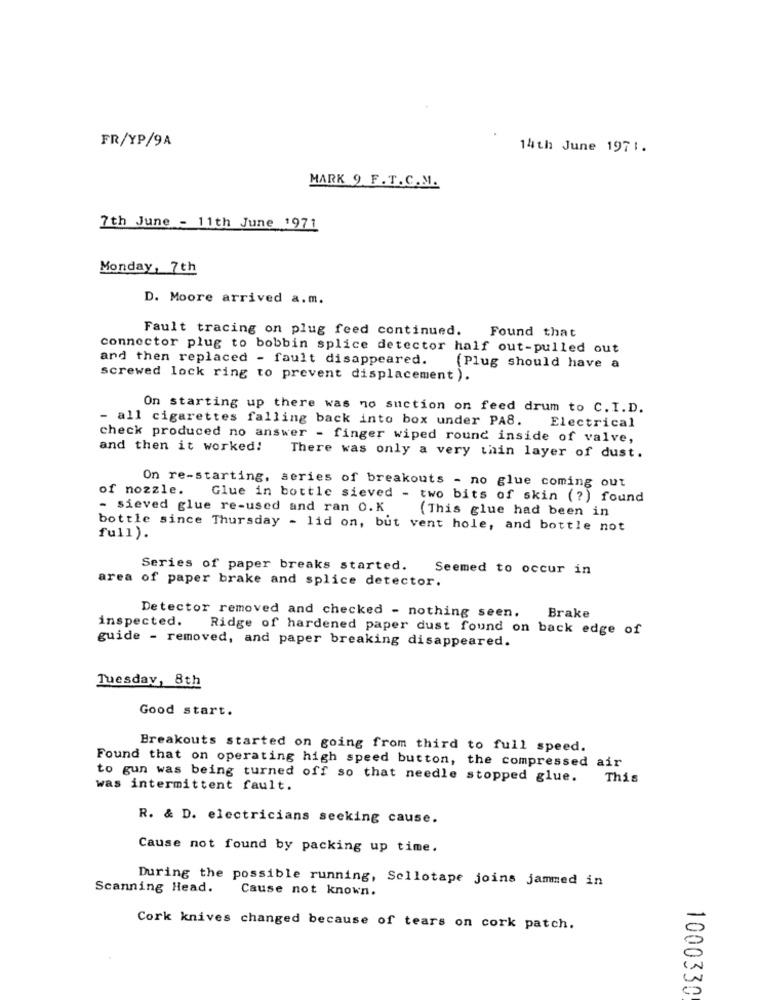
FR/YP/9A
14th June 1971.
MARK 9 F. T.C.M.
7th June - 11th June 1971
Monday, 7th
D. Moore arrived a.m.
Fault tracing on plug feed continued. Found that
connector plug to bobbin splice detector half out-pulled out
and then replaced - fault disappeared.
(Plug should have a
screwed lock ring to prevent displacement ).
On starting up there was no suction on feed drum to C. I.D.
- all cigarettes falling back into box under PA8.
Electrical
check produced no answer - finger wiped round inside of valve,
and then it worked!
There was only a very thin layer of dust.
of nozzle.
On re-starting, series of breakouts - no glue coming out
Glue in bottle sieved - two bits of skin (?) found
- sieved glue re-used and ran O.K
(This glue had been in
bottle since Thursday - lid on, but vent hole, and bottle not
full).
Series of paper breaks started.
Seemed to occur in
area of paper brake and splice detector.
Detector removed and checked - nothing seen.
Brake
inspected.
Ridge of hardened paper dust found on back edge of
guide - removed, and paper breaking disappeared.
Tuesday, 8th
Good start.
Breakouts started on going from third to full speed.
Found that on operating high speed button, the compressed air
to gun was being turned off so that needle stopped glue. This
was intermittent fault.
R. & D. electricians seeking cause.
Cause not found by packing up time.
During the possible running, Sellotape joins jammed in
Scanning Head.
Cause not known.
Cork knives changed because of tears on cork patch.
1000330